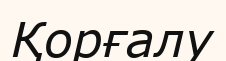
Қорғалу